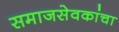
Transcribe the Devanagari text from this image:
समाजसेवकांचा